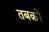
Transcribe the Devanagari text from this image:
तबक़ों